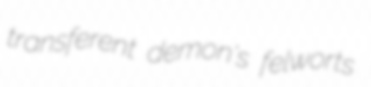
transferent demon's felworts